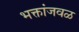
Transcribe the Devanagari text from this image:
भक्तांजवळ